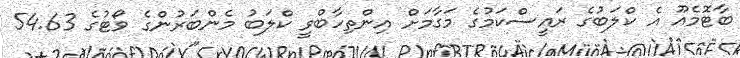
ބާޓޮމެއޫ އެ ކްލަބުގެ ރައީސްކަމުގެ މަގާމަށް އިންތިހާބްވީ ކްލަބު މެންބަރުންގެ ވޯޓުގެ 54.63